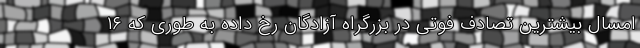
امسال بیشترین تصادف فوتی در بزرگراه آزادگان رخ داده به طوری که ۱۶